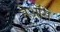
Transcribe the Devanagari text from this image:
नेऑस